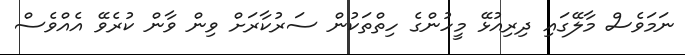
ނަމަވެސް މާލޭގައި ދިރިއުޅޭ މީހުންގެ ހިތްތަކުން ސަރުކާރަށް ވިން ވާން ކުރެވޭ އެއްވެސް